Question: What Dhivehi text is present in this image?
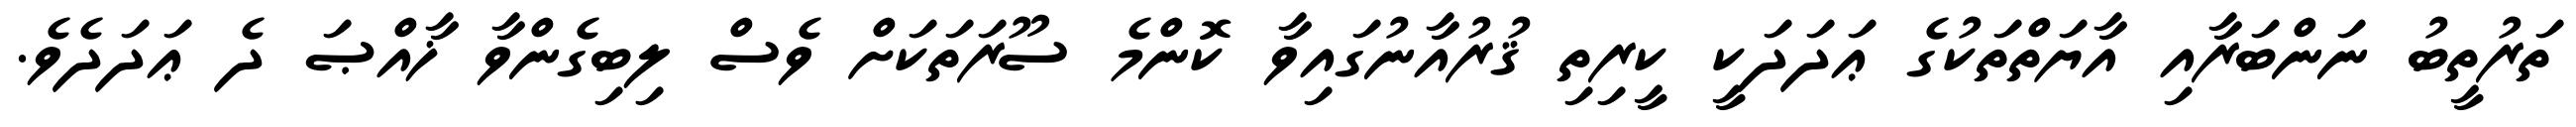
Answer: ތަރުތީބު ނަންބަރާއި އާޔަތްތަކުގެ ޢަދަދަކީ ކީރިތި ޤުރުއާނުގައިވާ ކޮންމެ ސޫރަތަކަށް ވެސް ލިބިގެންވާ ޚާއްޞަ ދެ ޢަދަދެވެ.